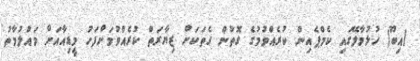
(އިބޫ) ހުޅުމާލޭގައި ކެމްޕެއިން ކުރެއްވުމުގެ ގޮތުން ގެތަކަށް ޒިޔާރަތް ކުރެއްވުމަށްފަހު މީޑިއާއަށް މައުލުމާތު